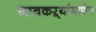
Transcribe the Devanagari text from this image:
गावकऱ्यांमार्फत